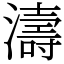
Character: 濤